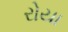
રોયા